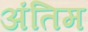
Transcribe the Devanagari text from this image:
अंंतिम